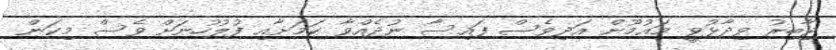
ޖާބިރު ވިދާޅުވީ މައުމޫން އަދިވެސް ފައިސާ ނުދެއްވާ ކަމަށާއި ފުލުހުނަށް ވެސް މިކަން